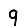
Digit: 9